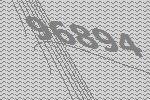
96894